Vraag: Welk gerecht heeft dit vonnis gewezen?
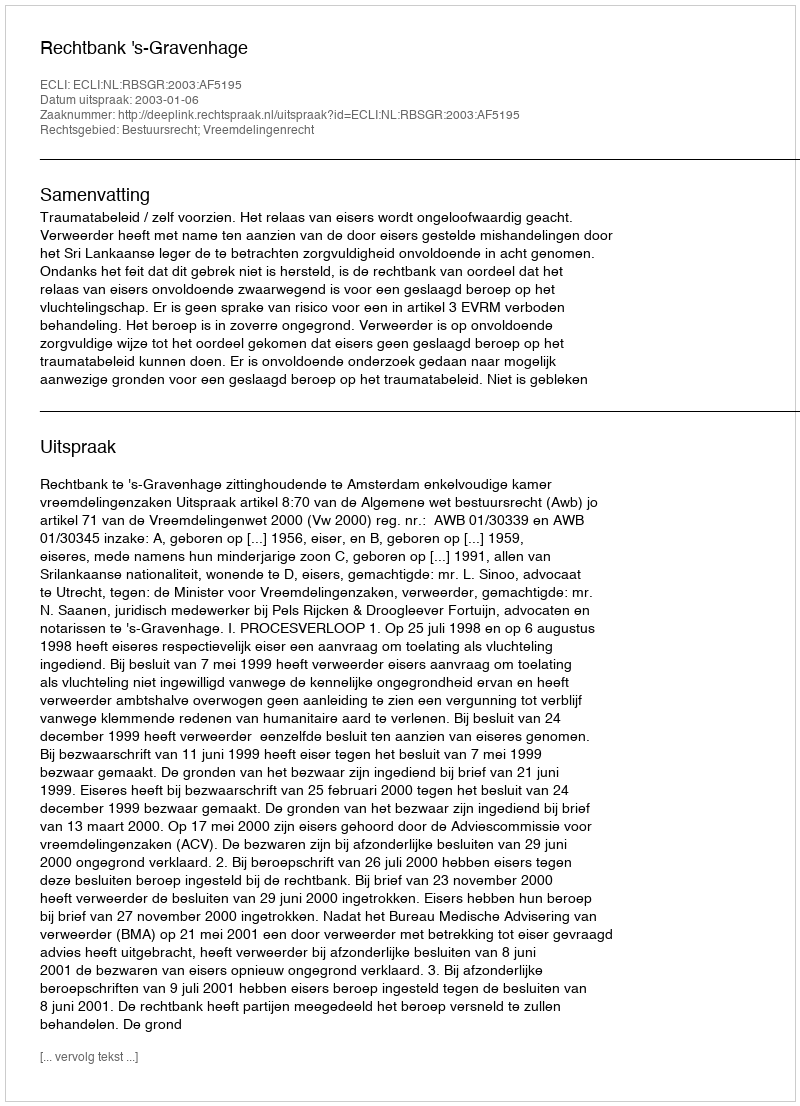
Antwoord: Rechtbank 's-Gravenhage